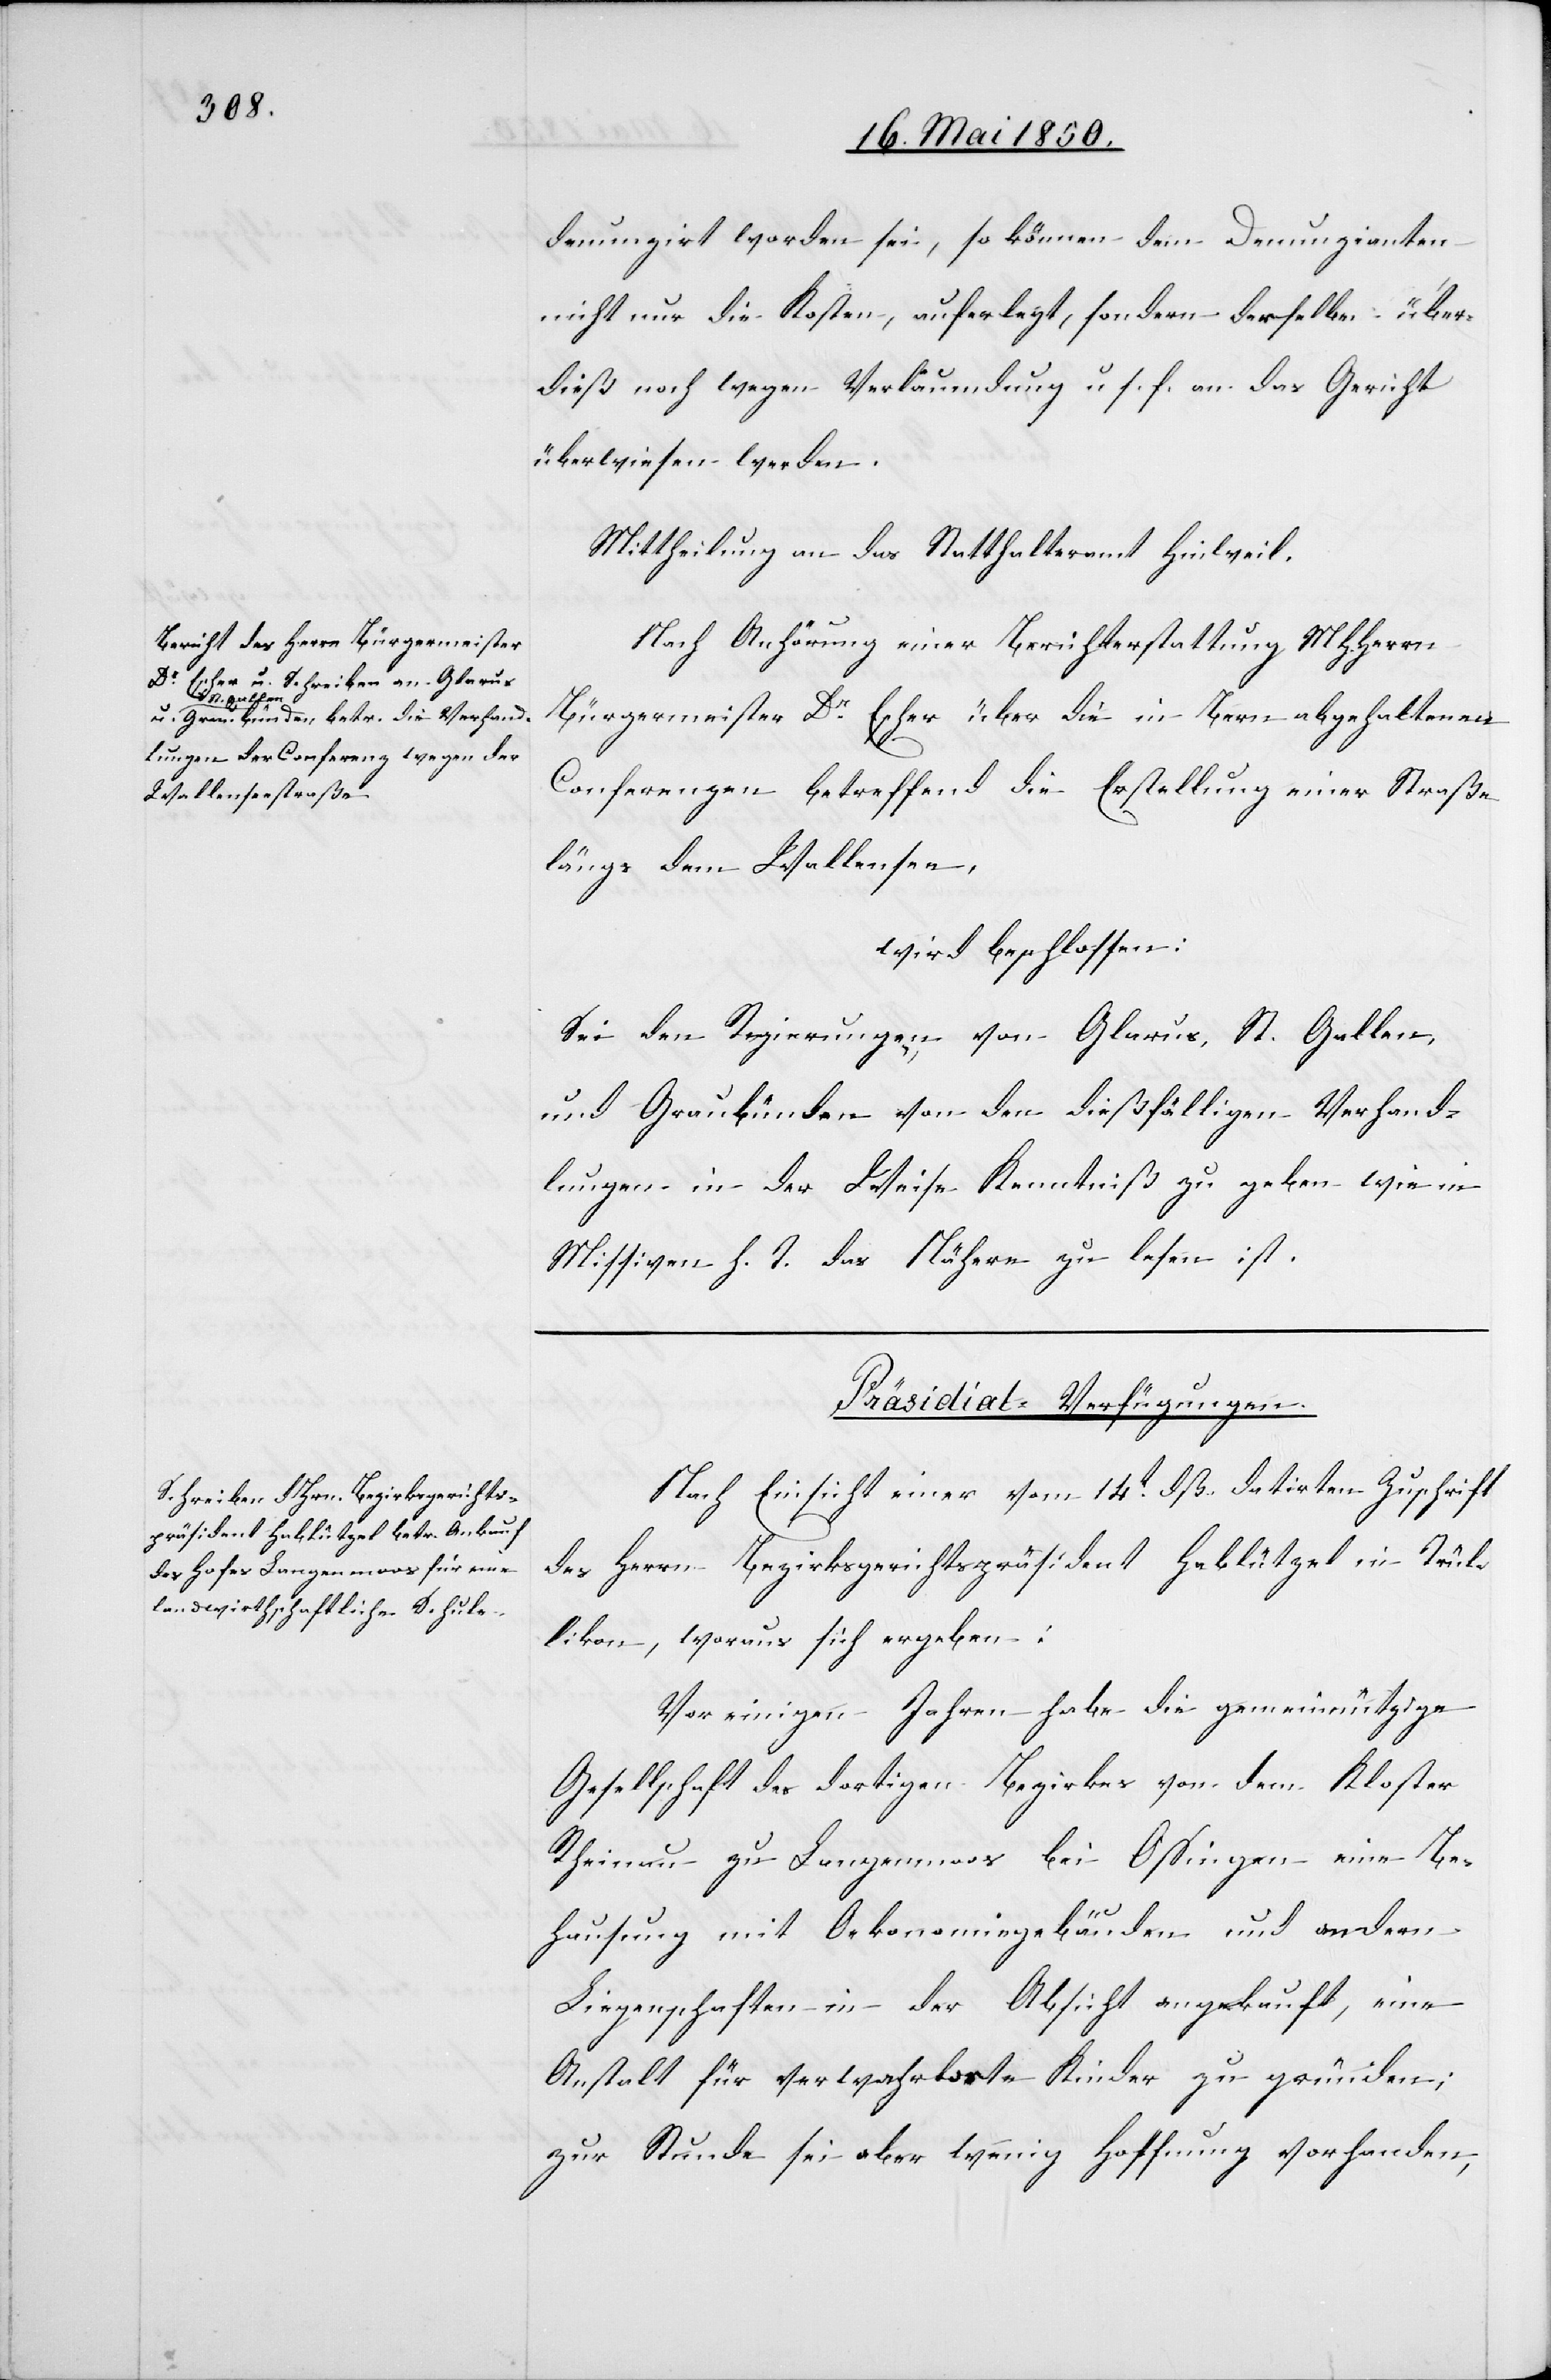
16. Mai 1850.]
denunzirt worden sei, so können dem Denunzianten
nicht nur die Kosten, auferlegt, sondern derselbe über¬
dieß noch wegen Verläumdung u. s. f. an das Gericht
überwiesen werden.
Mittheilung an das Statthalteramt Hinweil.
Nach Anhörung einer Berichterstattung MHHerrn
Bürgermeister Dr Escher über die in Bern abgehaltenen
Conferenzen betreffend die Erstellung einer Straße
längs dem Wallensee,
wird beschlossen:
Sei den Regierungen von Glarus, St. Gallen,
und Graubünden von den dießfälligen Verhand¬
lungen in der Weise Kenntniß zu geben wie in
Missiven h. T. des Nähern zu lesen ist.
Präsidial-Verfügungen.
Nach Einsicht einer vom 14t dß. datirten Zuschrift
des Herrn Bezirksgerichtspräsident Hablützel in Trül¬
likon, woraus sich ergeben:
Vor einigen Jahren habe die gemeinnützige
Gesellschaft des dortigen Bezirkes von dem Kloster
Rheinau zu Langenmoos bei Ossingen eine Be¬
den
hausung mit Oekonomiegbäuden und andern
Liegenschaften in der Absicht angekauft, eine
Anstalt für verwahrloste Kinder zu gründen;
zur Stunde sei aber wenig Hoffnung vorhanden,